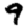
Digit: 9